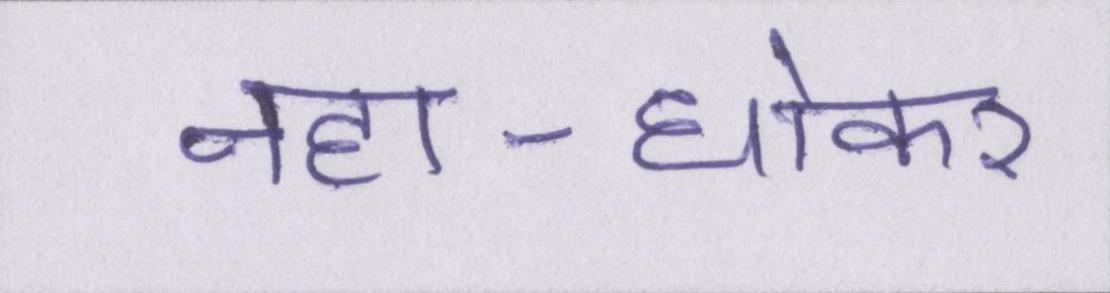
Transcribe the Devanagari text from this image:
नहा-धोकर